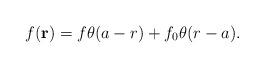
LaTeX: \begin{align*}f(\mathbf{r}) =f\theta(a-r)+f_{0}\theta(r-a). \end{align*}